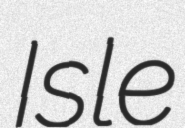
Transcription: Isle